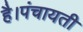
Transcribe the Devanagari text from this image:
है।पंचायती